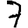
Digit: 7